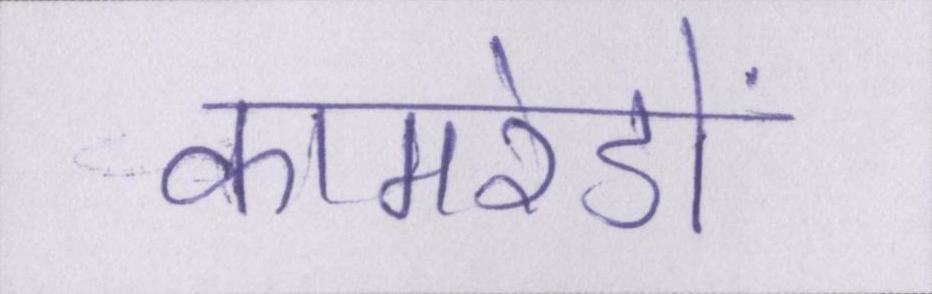
कामरेडों